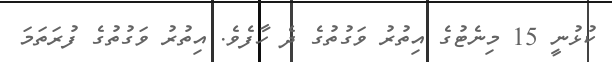
ކުޅުނީ 15 މިނެޓުގެ އިތުރު ވަގުތުގެ ދެ ހާފެވެ. އިތުރު ވަގުތުގެ ފުރަތަމަ